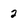
Character: 2